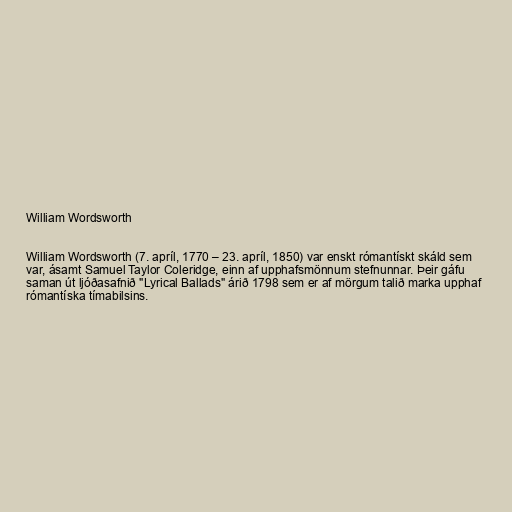
William Wordsworth

William Wordsworth (7. apríl, 1770 – 23. apríl, 1850) var enskt rómantískt skáld sem
var, ásamt Samuel Taylor Coleridge, einn af upphafsmönnum stefnunnar. Þeir gáfu
saman út ljóðasafnið "Lyrical Ballads" árið 1798 sem er af mörgum talið marka upphaf
rómantíska tímabilsins.